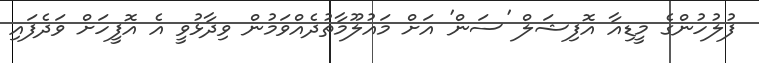
ފުލުހުންގެ މީޑިއާ އޮފިޝަލް 'ސަން' އަށް މައުލޫމާތުދެއްވަމުން ވިދާޅުވީ އެ އޮފީހަށް ވަދެފައި